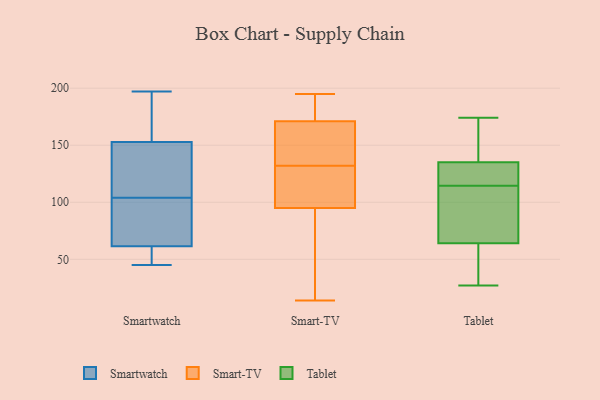
{"axis": {"x": "Backlog", "y": "Value"}, "legend": ["Smart-TV", "Smartwatch", "Tablet"], "data": [{"x": "", "y": 59, "type": "Smartwatch"}, {"x": "", "y": 197, "type": "Smartwatch"}, {"x": "", "y": 90, "type": "Smartwatch"}, {"x": "", "y": 45, "type": "Smartwatch"}, {"x": "", "y": 69, "type": "Smartwatch"}, {"x": "", "y": 111, "type": "Smartwatch"}, {"x": "", "y": 166, "type": "Smartwatch"}, {"x": "", "y": 104, "type": "Smartwatch"}, {"x": "", "y": 48, "type": "Smartwatch"}, {"x": "", "y": 58, "type": "Smartwatch"}, {"x": "", "y": 104, "type": "Smartwatch"}, {"x": "", "y": 87, "type": "Smartwatch"}, {"x": "", "y": 169, "type": "Smartwatch"}, {"x": "", "y": 178, "type": "Smartwatch"}, {"x": "", "y": 113, "type": "Smartwatch"}, {"x": "", "y": 110, "type": "Smart-TV"}, {"x": "", "y": 59, "type": "Smart-TV"}, {"x": "", "y": 171, "type": "Smart-TV"}, {"x": "", "y": 124, "type": "Smart-TV"}, {"x": "", "y": 136, "type": "Smart-TV"}, {"x": "", "y": 95, "type": "Smart-TV"}, {"x": "", "y": 128, "type": "Smart-TV"}, {"x": "", "y": 150, "type": "Smart-TV"}, {"x": "", "y": 193, "type": "Smart-TV"}, {"x": "", "y": 43, "type": "Smart-TV"}, {"x": "", "y": 14, "type": "Smart-TV"}, {"x": "", "y": 159, "type": "Smart-TV"}, {"x": "", "y": 194, "type": "Smart-TV"}, {"x": "", "y": 145, "type": "Smart-TV"}, {"x": "", "y": 31, "type": "Smart-TV"}, {"x": "", "y": 195, "type": "Smart-TV"}, {"x": "", "y": 105, "type": "Smart-TV"}, {"x": "", "y": 173, "type": "Smart-TV"}, {"x": "", "y": 73, "type": "Tablet"}, {"x": "", "y": 135, "type": "Tablet"}, {"x": "", "y": 64, "type": "Tablet"}, {"x": "", "y": 27, "type": "Tablet"}, {"x": "", "y": 115, "type": "Tablet"}, {"x": "", "y": 114, "type": "Tablet"}, {"x": "", "y": 44, "type": "Tablet"}, {"x": "", "y": 174, "type": "Tablet"}, {"x": "", "y": 170, "type": "Tablet"}, {"x": "", "y": 130, "type": "Tablet"}]}